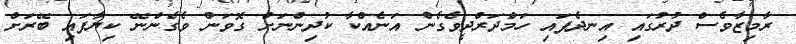
ރާމިޒާވެސް ދުރުގައި އިނދެފައި ހަމްދަރްދީވެގެން އަނެއްކާ ކުދިންނަށް ގޮވަން ވެގެންނޭ ކިޔާފައި ބޭރަށް